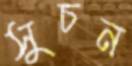
সুচন